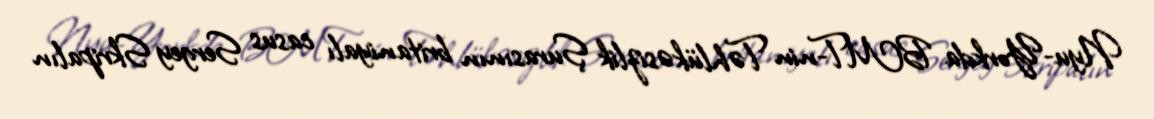
Nyu-Yorkda BMT-nin Təhlükəsizlik Şurasının britaniyalı casus Sergey Skripalın